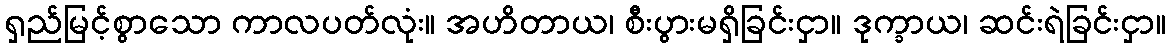
ရှည်မြင့်စွာသော ကာလပတ်လုံး။ အဟိတာယ၊ စီးပွားမရှိခြင်းငှာ။ ဒုက္ခာယ၊ ဆင်းရဲခြင်းငှာ။